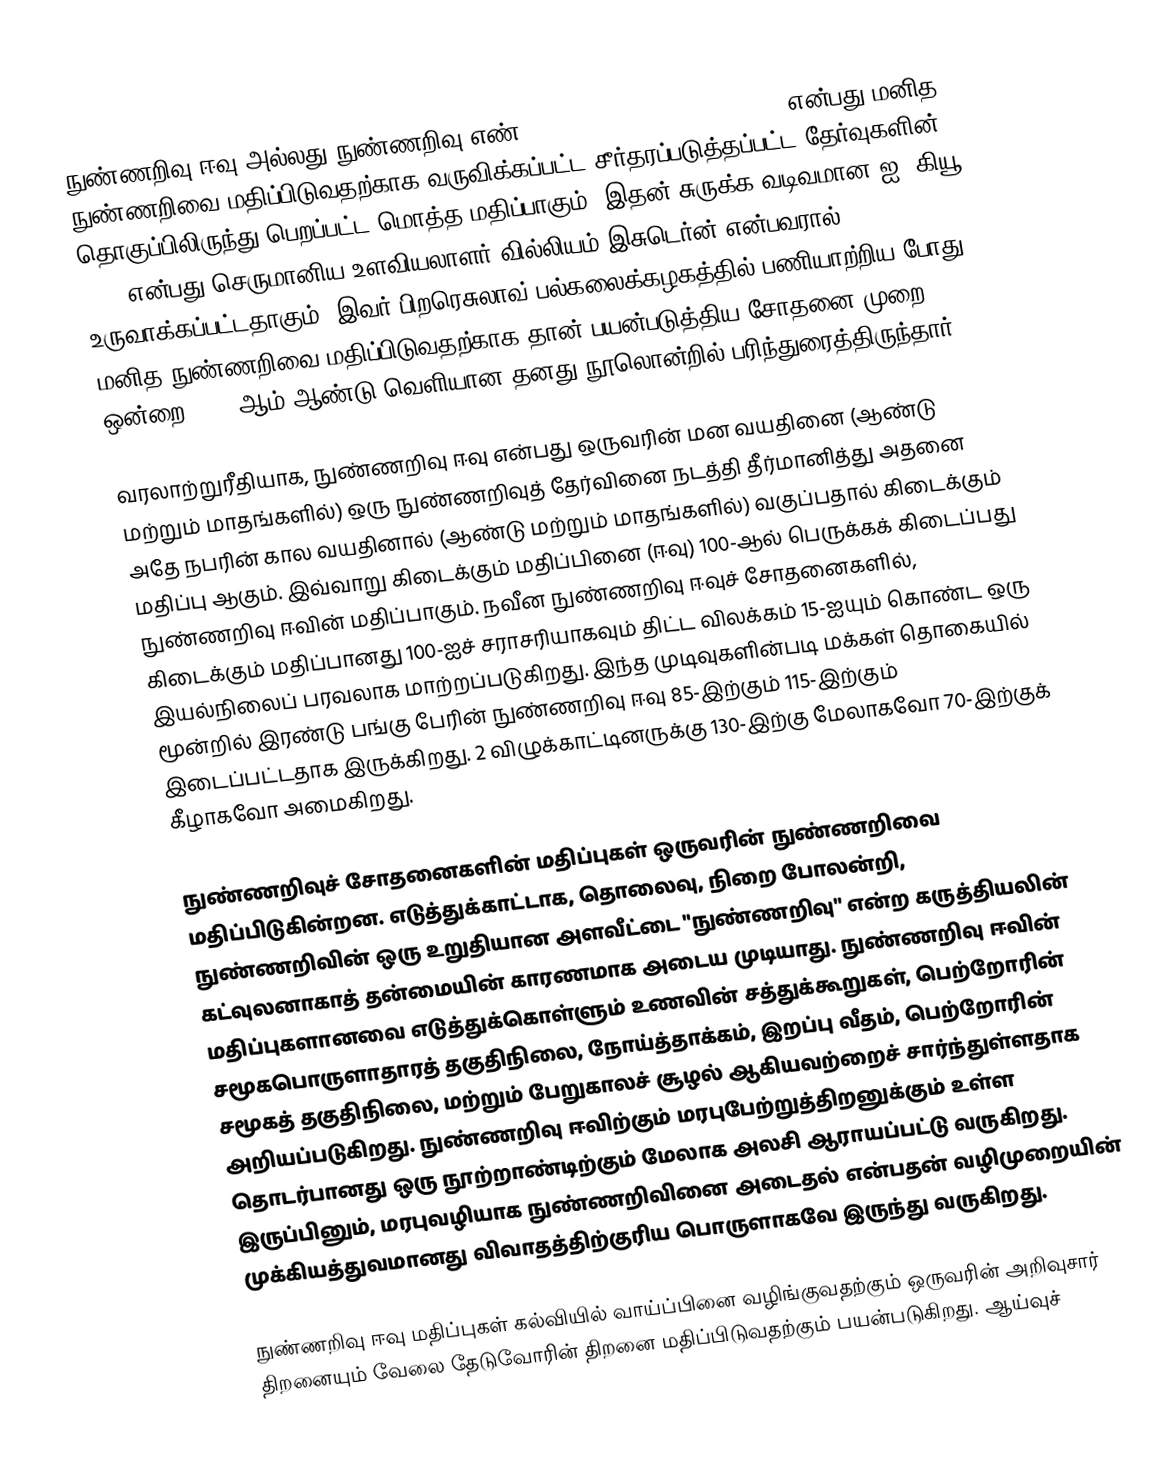
நுண்ணறிவு ஈவு அல்லது நுண்ணறிவு எண் (Intelligence quotient - IQ) என்பது மனித நுண்ணறிவை மதிப்பிடுவதற்காக வருவிக்கப்பட்ட சீர்தரப்படுத்தப்பட்ட தேர்வுகளின் தொகுப்பிலிருந்து பெறப்பட்ட மொத்த மதிப்பாகும். இதன் சுருக்க வடிவமான ஐ. கியூ (IQ) என்பது செருமானிய உளவியலாளர் வில்லியம் இசுடெர்ன் என்பவரால் உருவாக்கப்பட்டதாகும். இவர் பிறரெசுலாவ் பல்கலைக்கழகத்தில் பணியாற்றிய போது மனித நுண்ணறிவை மதிப்பிடுவதற்காக தான் பயன்படுத்திய சோதனை முறை ஒன்றை 1912 ஆம் ஆண்டு வெளியான தனது நூலொன்றில் பரிந்துரைத்திருந்தார்.

வரலாற்றுரீதியாக, நுண்ணறிவு ஈவு என்பது ஒருவரின் மன வயதினை (ஆண்டு மற்றும் மாதங்களில்) ஒரு நுண்ணறிவுத் தேர்வினை நடத்தி தீர்மானித்து அதனை அதே நபரின் கால வயதினால் (ஆண்டு மற்றும் மாதங்களில்) வகுப்பதால் கிடைக்கும் மதிப்பு ஆகும். இவ்வாறு கிடைக்கும் மதிப்பினை (ஈவு) 100-ஆல் பெருக்கக் கிடைப்பது நுண்ணறிவு ஈவின் மதிப்பாகும். நவீன நுண்ணறிவு ஈவுச் சோதனைகளில், கிடைக்கும் மதிப்பானது 100-ஐச் சராசரியாகவும் திட்ட விலக்கம் 15-ஐயும் கொண்ட  ஒரு இயல்நிலைப் பரவலாக மாற்றப்படுகிறது.  இந்த முடிவுகளின்படி மக்கள் தொகையில் மூன்றில் இரண்டு பங்கு பேரின் நுண்ணறிவு ஈவு 85-இற்கும் 115-இற்கும் இடைப்பட்டதாக இருக்கிறது. 2 விழுக்காட்டினருக்கு 130-இற்கு மேலாகவோ 70-இற்குக் கீழாகவோ அமைகிறது.

நுண்ணறிவுச் சோதனைகளின் மதிப்புகள் ஒருவரின் நுண்ணறிவை மதிப்பிடுகின்றன.  எடுத்துக்காட்டாக, தொலைவு, நிறை போலன்றி, நுண்ணறிவின் ஒரு உறுதியான அளவீட்டை "நுண்ணறிவு" என்ற கருத்தியலின் கட்வுலனாகாத் தன்மையின் காரணமாக அடைய முடியாது. நுண்ணறிவு ஈவின் மதிப்புகளானவை எடுத்துக்கொள்ளும் உணவின் சத்துக்கூறுகள், பெற்றோரின் சமூகபொருளாதாரத் தகுதிநிலை, நோய்த்தாக்கம், இறப்பு வீதம்,  பெற்றோரின் சமூகத் தகுதிநிலை, மற்றும் பேறுகாலச் சூழல் ஆகியவற்றைச் சார்ந்துள்ளதாக அறியப்படுகிறது. நுண்ணறிவு ஈவிற்கும் மரபுபேற்றுத்திறனுக்கும் உள்ள தொடர்பானது ஒரு நூற்றாண்டிற்கும் மேலாக அலசி ஆராயப்பட்டு வருகிறது. இருப்பினும், மரபுவழியாக நுண்ணறிவினை அடைதல் என்பதன் வழிமுறையின் முக்கியத்துவமானது விவாதத்திற்குரிய பொருளாகவே இருந்து வருகிறது.

நுண்ணறிவு ஈவு மதிப்புகள் கல்வியில் வாய்ப்பினை வழிங்குவதற்கும் ஒருவரின் அறிவுசார் திறனையும் வேலை தேடுவோரின் திறனை மதிப்பிடுவதற்கும் பயன்படுகிறது. ஆய்வுச்